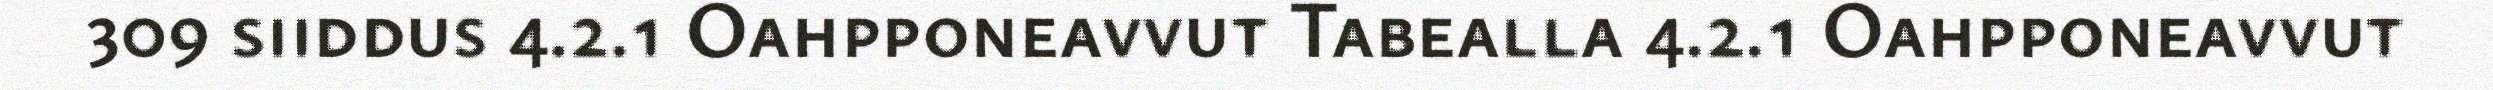
309 siiddus 4.2.1 Oahpponeavvut Tabealla 4.2.1 Oahpponeavvut